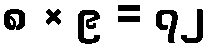
၈ × ၉ = ၇၂